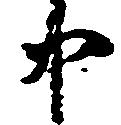
中